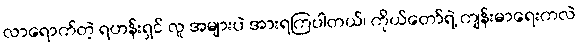
လာရောက်တဲ့ ရဟန်းရှင် လူ အများပဲ အားရကြပါတယ်၊ ကိုယ်တော်ရဲ့ ကျန်းမာရေးကလဲ